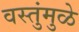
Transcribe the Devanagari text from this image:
वस्तुंमुळे